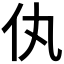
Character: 𬽦